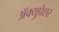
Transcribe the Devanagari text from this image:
ॲक्युप्रेशर